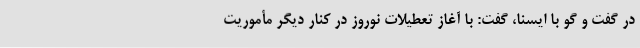
در گفت و گو با ایسنا، گفت: با آغاز تعطیلات نوروز در کنار دیگر مأموریت